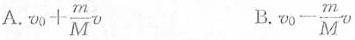
A. $$v _ { 0 } + \frac { m } { M } v$$ B. $$v _ { 0 } - \frac { m } { M } v$$